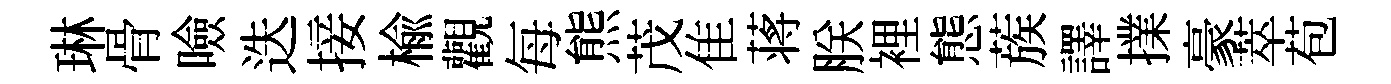
琳骨噞迭接榆觀每熊茂隹蒋朕裡態蔟譯擈豪萃苞